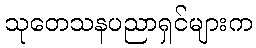
သုတေသနပညာရှင်များက